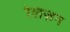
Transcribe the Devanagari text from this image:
लिज़न